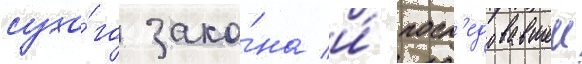
сухо́го зако́на и́ посл'едовавшеи